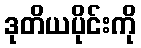
ဒုတိယပိုင်းကို